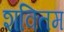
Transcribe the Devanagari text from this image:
शक्तिम